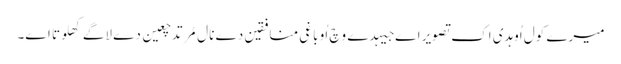
میرے کول اُوہدی اِک تصویر اے جیہدے وِچ اُو باغی منافقین دے نال مُرتد چعین دے لاگے کِھلوتا اے۔